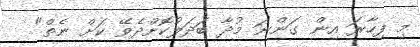
މި ފިހާރަ އިން ގަންނަ މުދާ ބަދަލުކޮށްދެވޭ ކަށް ނެތް"